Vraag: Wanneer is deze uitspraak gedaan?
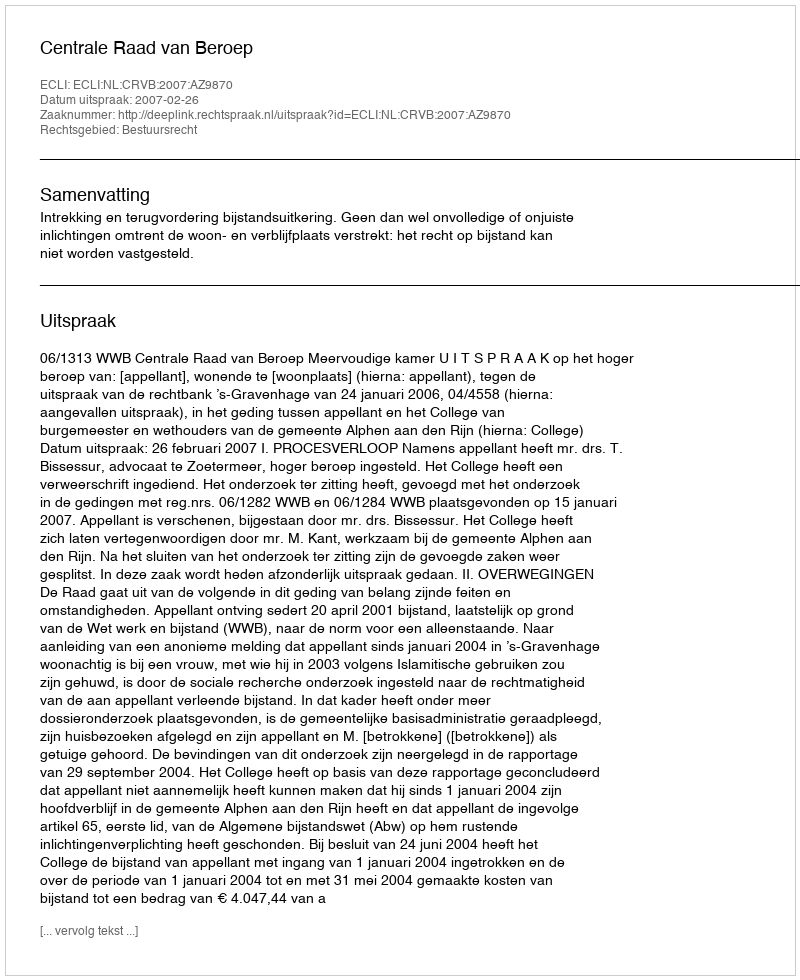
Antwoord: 2007-02-26